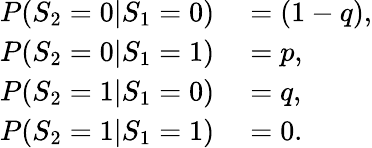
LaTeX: \begin{array}{rl}{P(S_{2}=0|S_{1}=0)}&{{}=(1-q),}\\ {P(S_{2}=0|S_{1}=1)}&{{}=p,}\\ {P(S_{2}=1|S_{1}=0)}&{{}=q,}\\ {P(S_{2}=1|S_{1}=1)}&{{}=0.}\end{array}